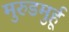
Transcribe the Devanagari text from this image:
मुरुडमुर्हू